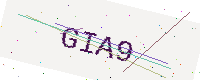
Text: GIA9